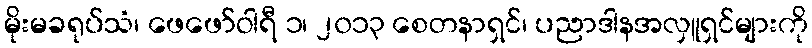
မိုးမခရုပ်သံ၊ ဖေဖော်ဝါရီ ၁၊ ၂၀၁၃ စေတနာရှင်၊ ပညာဒါနအလှူရှင်များကို